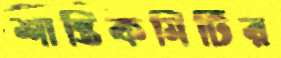
শান্তিকমিটির